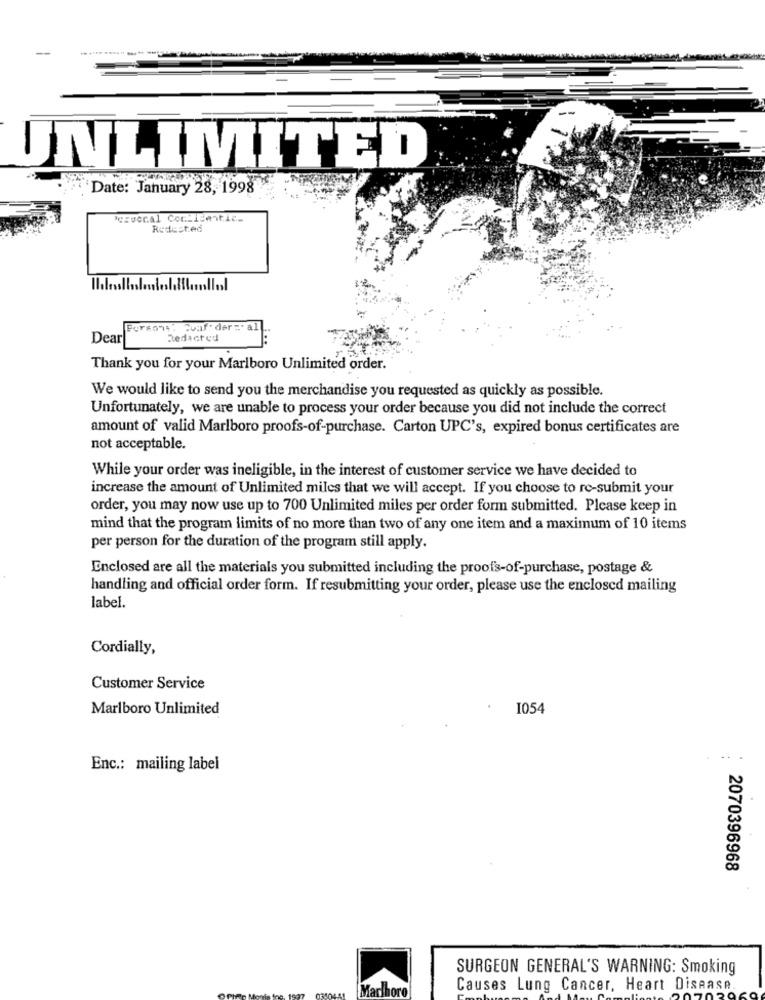
UNLIMITED
Date: January 28, 1998
Pezvocal CorMISentic.
Redested
Forsont: Coaf: der =" al
Dear
Redacted
Thank you for your Marlboro Unlimited order.
We would like to send you the merchandise you requested as quickly as possible.
Unfortunately, we are unable to process your order because you did not include the correct
amount of valid Marlboro proofs-of-purchase. Carton UPC's, expired bonus certificates are
not acceptable.
While your order was ineligible, in the interest of customer service we have decided to
increase the amount of Unlimited miles that we will accept. If you choose to re-submit your
order, you may now use up to 700 Unlimited miles per order form submitted. Please keep in
mind that the program limits of no more than two of any one item and a maximum of 10 items
per person for the duration of the program still apply.
Enclosed are all the materials you submitted including the proofs-of-purchase, postage &
handling and official order form. If resubmitting your order, please use the enclosed mailing
label.
Cordially,
Customer Service
Marlboro Unlimited
I054
..
Enc .: mailing label
2070396968
SURGEON GENERAL'S WARNING: Smoking
Marlboro
Causes Lung Cancer, Heart Disease